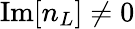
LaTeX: \mathrm{Im}[n_{L}]\neq 0